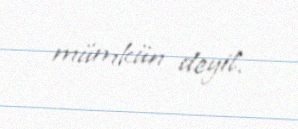
mümkün deyil.